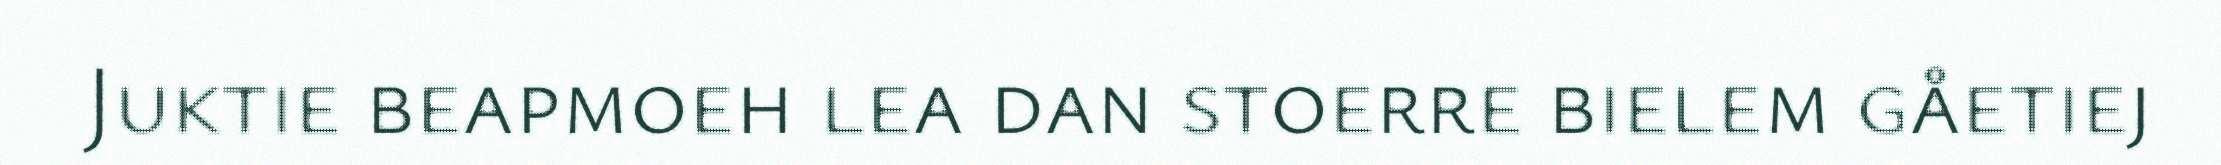
Juktie beapmoeh lea dan stoerre bielem gåetiej